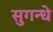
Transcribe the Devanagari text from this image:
सुगन्धे